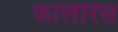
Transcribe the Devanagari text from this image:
फालेरिस